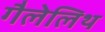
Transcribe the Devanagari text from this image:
गैलेलिथ